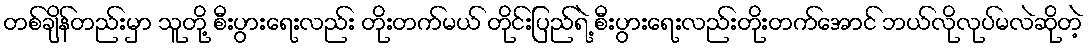
တစ်ချိန်တည်းမှာ သူတို့ စီးပွားရေးလည်း တိုးတက်မယ် တိုင်းပြည်ရဲ့ စီးပွားရေးလည်းတိုးတက်အောင် ဘယ်လိုလုပ်မလဲဆိုတဲ့